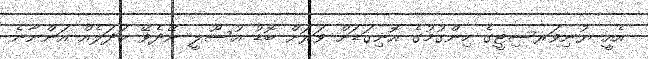
އެއީ ޔުނިވަރސިޓީގެ ހިންގުމުގެ އޮނިގަޑަށް ވަރަށް ބޮޑު އުސޫލީ ނޭދެވޭ ބަދަލެއް އަންނާނެ